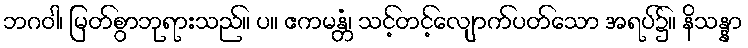
ဘဂဝါ၊ မြတ်စွာဘုရားသည်။ ပ။ ဧကမန္တံ၊ သင့်တင့်လျောက်ပတ်သော အရပ်၌။ နိသန္နာ